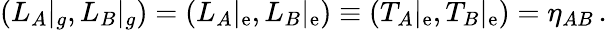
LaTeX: (L_{A}|_{g},L_{B}|_{g})=(L_{A}|_{\mathrm{e}},L_{B}|_{\mathrm{e}})\equiv(T_{A}|_{\mathrm{e}},T_{B}|_{\mathrm{e}})=\eta_{AB}\, .